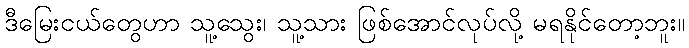
ဒီမြေးငယ်တွေဟာ သူ့သွေး၊ သူ့သား ဖြစ်အောင်လုပ်လို့ မရနိုင်တော့ဘူး။